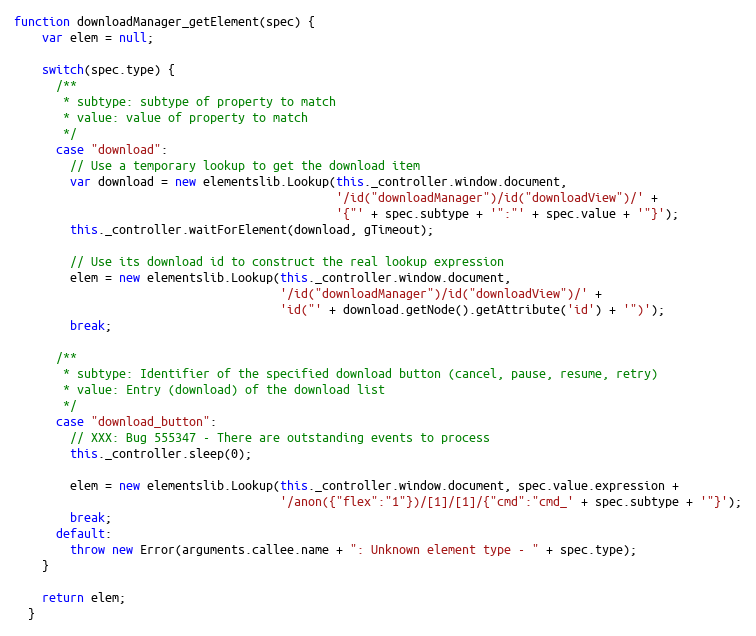
Language: JavaScript
function downloadManager_getElement(spec) {
    var elem = null;

    switch(spec.type) {
      /**
       * subtype: subtype of property to match
       * value: value of property to match
       */
      case "download":
        // Use a temporary lookup to get the download item
        var download = new elementslib.Lookup(this._controller.window.document,
                                              '/id("downloadManager")/id("downloadView")/' +
                                              '{"' + spec.subtype + '":"' + spec.value + '"}');
        this._controller.waitForElement(download, gTimeout);

        // Use its download id to construct the real lookup expression
        elem = new elementslib.Lookup(this._controller.window.document,
                                      '/id("downloadManager")/id("downloadView")/' +
                                      'id("' + download.getNode().getAttribute('id') + '")');
        break;

      /**
       * subtype: Identifier of the specified download button (cancel, pause, resume, retry)
       * value: Entry (download) of the download list
       */
      case "download_button":
        // XXX: Bug 555347 - There are outstanding events to process
        this._controller.sleep(0);

        elem = new elementslib.Lookup(this._controller.window.document, spec.value.expression +
                                      '/anon({"flex":"1"})/[1]/[1]/{"cmd":"cmd_' + spec.subtype + '"}');
        break;
      default:
        throw new Error(arguments.callee.name + ": Unknown element type - " + spec.type);
    }

    return elem;
  }